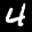
Label: 4